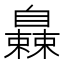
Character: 𬛰